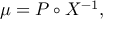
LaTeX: \mu = P \circ X ^ { - 1 } ,